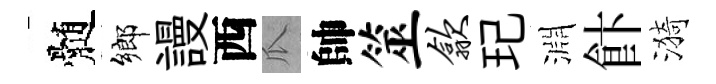
髄鄉謾西瓜帥筮歙玘淵飰漪